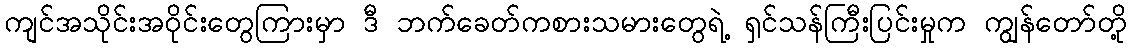
ကျင်အသိုင်းအဝိုင်းတွေကြားမှာ ဒီ ဘက်ခေတ်ကစားသမားတွေရဲ့ ရှင်သန်ကြီးပြင်းမှုက ကျွန်တော်တို့